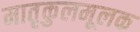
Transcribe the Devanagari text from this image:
मातृकुलमूलक